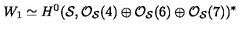
W _ { 1 } \simeq H ^ { 0 } ( { \cal S } , { \cal O } _ { { \cal S } } ( 4 ) \oplus { \cal O } _ { { \cal S } } ( 6 ) \oplus { \cal O } _ { { \cal S } } ( 7 ) ) ^ { * }